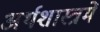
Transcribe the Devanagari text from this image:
अर्थशास्त्रमें